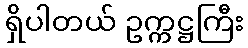
ရှိပါတယ် ဥက္ကဋ္ဌကြီး